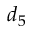
d _ { 5 }